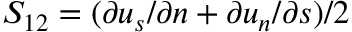
S _ { 1 2 } = ( \partial { u _ { s } } / \partial { n } + \partial { u _ { n } } / \partial { s } ) / 2